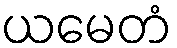
ယမေတံ